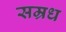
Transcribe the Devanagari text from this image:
सम्रध